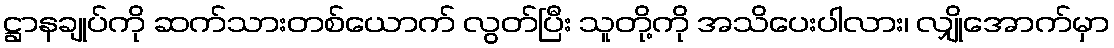
ဋ္ဌာနချုပ်ကို ဆက်သားတစ်ယောက် လွတ်ပြီး သူတို့ကို အသိပေးပါလား၊ လျှိုအောက်မှာ